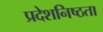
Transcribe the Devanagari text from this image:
प्रदेशनिष्ठता